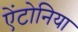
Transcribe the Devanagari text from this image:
ऐंटोनिया